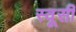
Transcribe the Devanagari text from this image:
स्वूसी